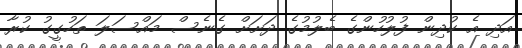
އަދި އެ ކުދިން ފުލުހުންގެ ބެލުމުގެ ދަށަށް ގެނެސް މައްސަލަ ތަހުގީގު ކުރާ